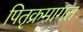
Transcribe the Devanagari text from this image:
पितृक्रमागत